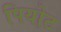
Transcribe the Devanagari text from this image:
पियोट